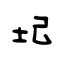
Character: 圮